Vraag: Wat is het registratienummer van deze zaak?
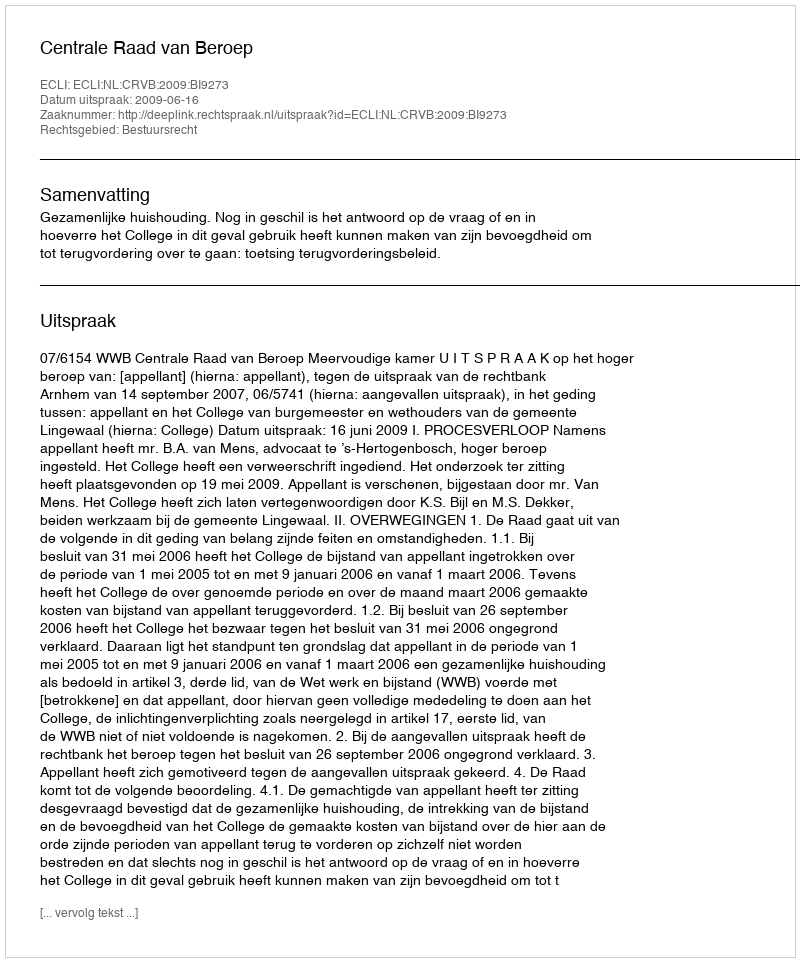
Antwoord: http://deeplink.rechtspraak.nl/uitspraak?id=ECLI:NL:CRVB:2009:BI9273